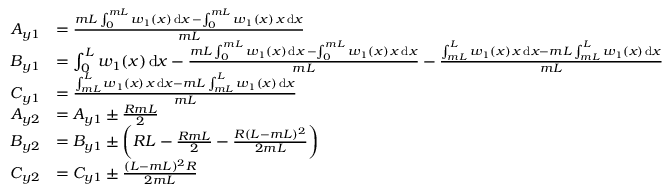
\begin{array} { r l } { A _ { y 1 } } & { = \frac { m L \int _ { 0 } ^ { m L } w _ { 1 } ( x ) \, \mathrm { d } x \, - \int _ { 0 } ^ { m L } w _ { 1 } ( x ) \, x \, \mathrm { d } x } { m L } } \\ { B _ { y 1 } } & { = \int _ { 0 } ^ { L } w _ { 1 } ( x ) \, \mathrm { d } x - \frac { m L \int _ { 0 } ^ { m L } w _ { 1 } ( x ) \, \mathrm { d } x \, - \int _ { 0 } ^ { m L } w _ { 1 } ( x ) \, x \, \mathrm { d } x } { m L } - \frac { \int _ { m L } ^ { L } w _ { 1 } ( x ) \, x \, \mathrm { d } x - m L \int _ { m L } ^ { L } w _ { 1 } ( x ) \, \mathrm { d } x } { m L } } \\ { C _ { y 1 } } & { = \frac { \int _ { m L } ^ { L } w _ { 1 } ( x ) \, x \, \mathrm { d } x - m L \int _ { m L } ^ { L } w _ { 1 } ( x ) \, \mathrm { d } x } { m L } } \\ { A _ { y 2 } } & { = A _ { y 1 } \pm \frac { R m L } { 2 } } \\ { B _ { y 2 } } & { = B _ { y 1 } \pm \bigg ( R L - \frac { R m L } { 2 } - \frac { R ( L - m L ) ^ { 2 } } { 2 m L } \bigg ) } \\ { C _ { y 2 } } & { = C _ { y 1 } \pm \frac { ( L - m L ) ^ { 2 } R } { 2 m L } } \end{array}